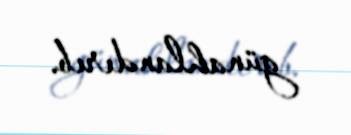
günahlandırıb.